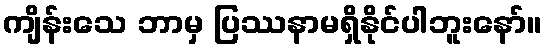
ကျိန်းသေ ဘာမှ ပြဿနာမရှိနိုင်ပါဘူးနော်။